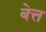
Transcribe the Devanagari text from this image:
बेत्त